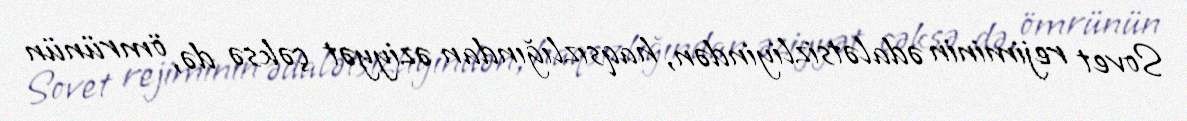
Sovet rejiminin ədalətsizliyindən, haqsızlığından əziyyət çəksə də, ömrünün